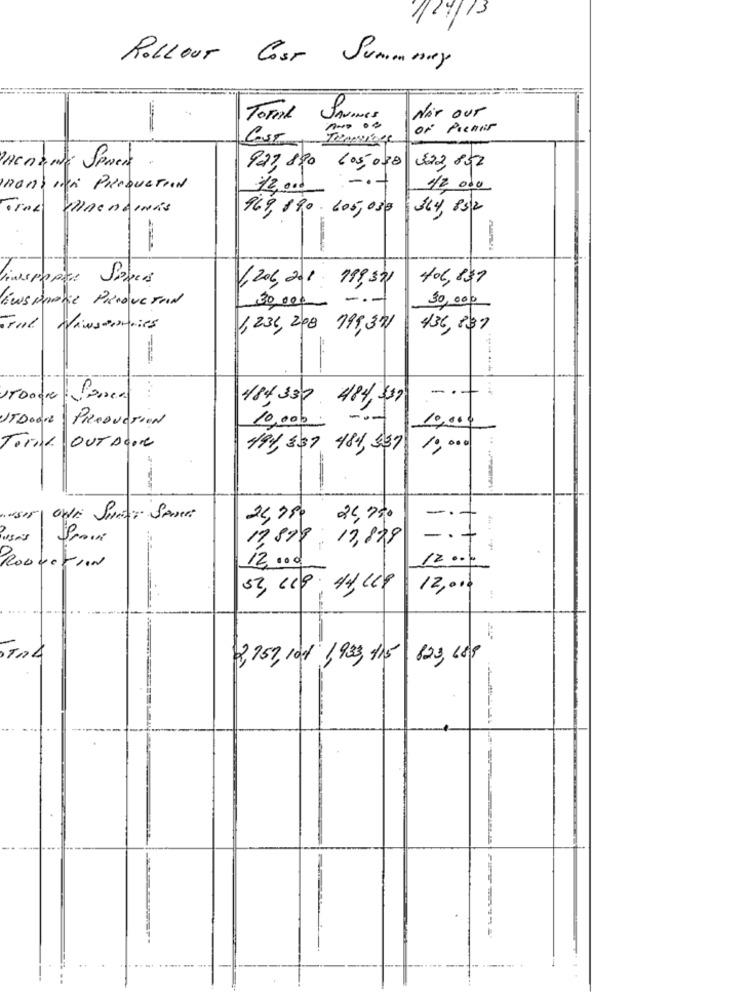
/24/13
ROLLOUT Cost Summmey
Nir our
Total SANNes
of Premis
923, 820 605,038
322, 802
nonbien PRODUCTION
72 00d
42 000
969, 890. 605,030
364, 832
inspappe Soucis
406,837
(,2010, 201 199,321
iws polie ProductoIN
30,000
30,000
Trol Viwstories
1,234, 200 199,341
436, 837
484 337
484,339
-.-
UTDoor
PRODUCTION
10,000
10,000
Torna.
OUTDOOR
494, 337 484, 337
1,000
24,780
24,730
-
1
17899 :
19,829
12 .00.
12 ...
PRODUCTION
-
52, ccp .
44, 19
12,00
-
2159, 104 1,999, 915 823, 680